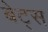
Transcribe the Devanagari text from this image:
बेट्‌स